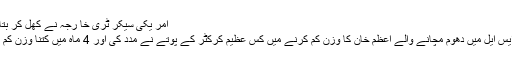
امر یکی سیکر ٹری خا رجہ نے کھل کر بتا دیا
پی ایس ایل میں دھوم مچانے والے اعظم خان کا وزن کم کرنے میں کس عظیم کرکٹر کے پوتے نے مدد کی اور 4 ماہ میں کتنا وزن کم ہوا؟